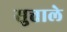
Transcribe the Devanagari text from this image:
सुत्ताले